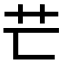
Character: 𦬀